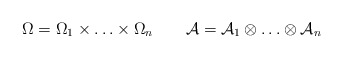
\begin{gather*}\Omega=\Omega_1\times\ldots\times\Omega_n\quad\quad\mathcal{A}=\mathcal{A}_1\otimes\ldots\otimes\mathcal{A}_n\end{gather*}